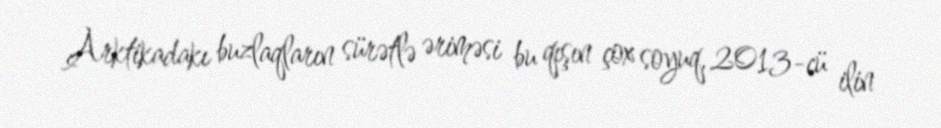
Arktikadakı buzlaqların sürətlə əriməsi bu qışın çox soyuq, 2013-cü ilin